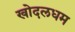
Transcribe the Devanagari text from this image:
खोदलधम